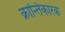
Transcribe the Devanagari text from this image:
क्रान्तिकारक